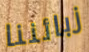
زبائننا